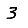
Digit: 3